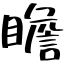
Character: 瞻